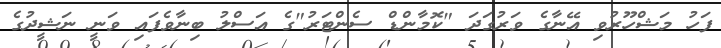
ފަހު މަޝްހޫރުވި އޭނާގެ ވަރުގަދަ "ކޮމާންޑް ސެންޓަރު"ގެ އަސްލު ބިނާވެފައި ވަނީ ނަޝީދުގެ